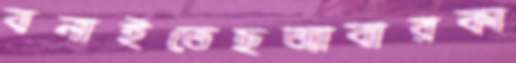
বনাইতেছআবারকা